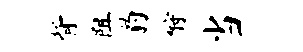
背阻豹酹当